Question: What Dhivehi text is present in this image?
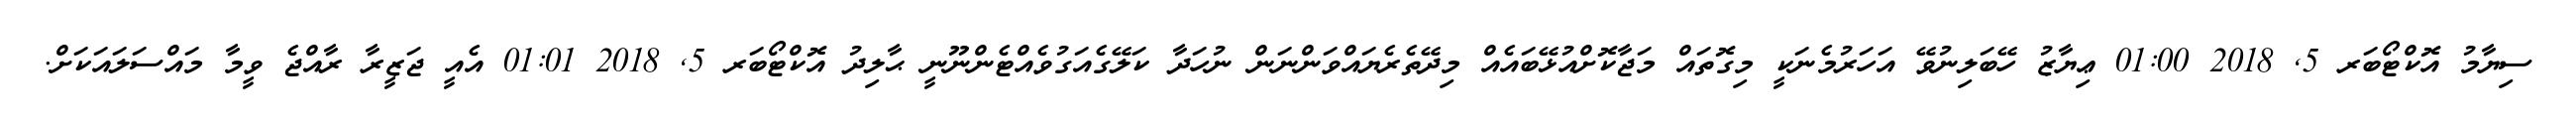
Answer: ސިޔާމު އޮކްޓޯބަރ 5, 2018 01:00 ޢިޔާޒު ހޭބަލިނުވޭ އަހަރުމެނަކީ މިގޮތައް މަޖާކޮށްއުޅޭބައެއް މިދޭތެރެޔައްވަންނަން ނުހަދާ ކަލޭގެއަގުވެއްޓެންނޫނީ ޙާލިދު އޮކްޓޯބަރ 5, 2018 01:01 އެއީ ޖަޒީރާ ރާއްޖެ ވީމާ މައްސަލައަކަށް.